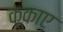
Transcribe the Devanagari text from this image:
कूकाए